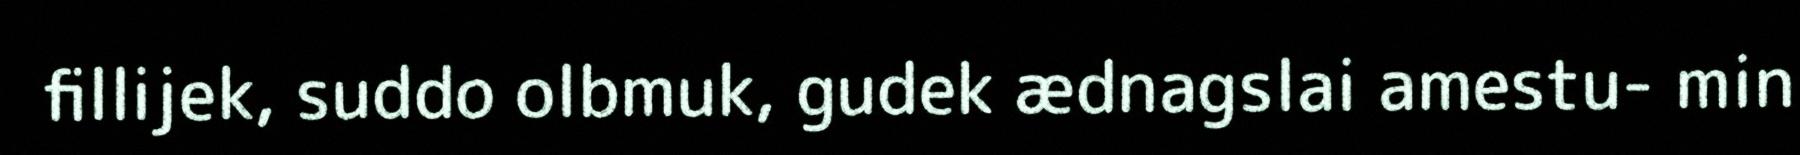
fillijek, suddo olbmuk, gudek ædnagslai amestu- min